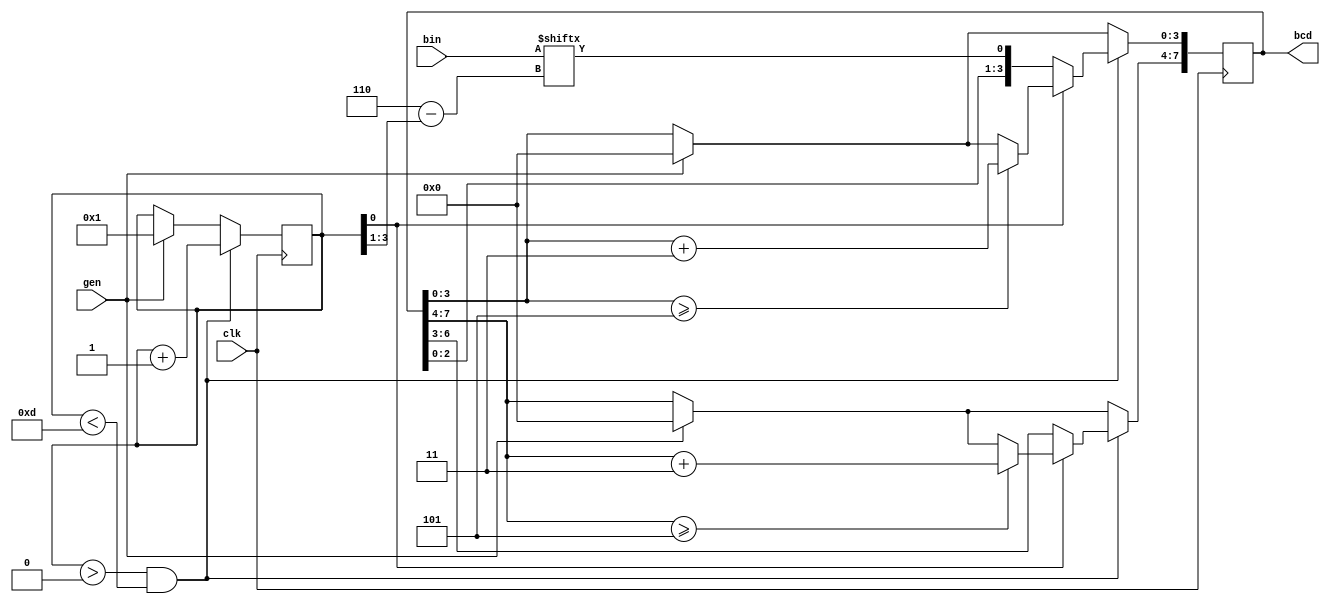
module bin_bcd_lvl(
    input clk, gen,
    input [5:0] bin,
    output reg [7:0] bcd
);
   
reg [3:0]cnt;

always @(posedge clk) begin
    if(gen) begin
        cnt <= 4'd1;
        bcd <= 0;
    end

    if(cnt > 4'd0 && cnt < 4'd13) begin
         if(cnt[0]) begin
            if (bcd[3:0] >= 4'd5) bcd[3:0] <= bcd[3:0] + 4'd3;	
            if (bcd[7:4] >= 4'd5) bcd[7:4] <= bcd[7:4] + 4'd3;
            cnt <= cnt + 1;
        end
        else begin
            bcd <= {bcd[6:0],bin[6-(cnt >> 1)]};
            cnt <= cnt + 1;
        end
    end
end

endmodule